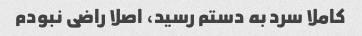
کاملا سرد به دستم رسید، اصلا راضی نبودم